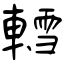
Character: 轌